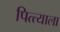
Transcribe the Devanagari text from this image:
पित्त्याला